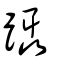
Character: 躡